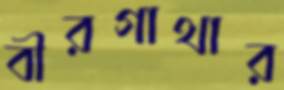
বীরগাথার